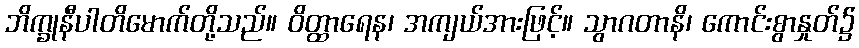
ဘိက္ခုနီပါတိမောက်တို့သည်။ ဝိတ္ထာရေန၊ အကျယ်အားဖြင့်။ သွာဂတာနိ၊ ကောင်းစွာနှုတ်၌